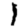
Digit: 1